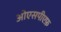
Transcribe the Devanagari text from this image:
ओएसपीएफ़